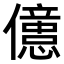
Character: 𠐥